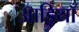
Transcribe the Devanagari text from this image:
आड़ियाँ